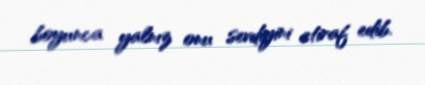
boyunca yalnız onu sevdiyini etiraf edib.